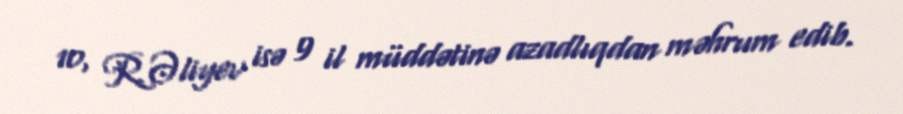
10, R.Əliyev isə 9 il müddətinə azadlıqdan məhrum edib.